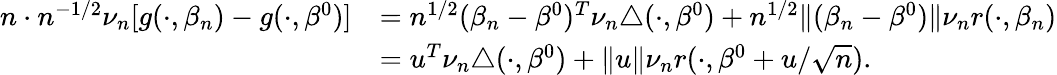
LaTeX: \begin{array}{rl}{n\cdot n^{-1/2}\nu_{n}[g(\cdot,\beta_{n})-g(\cdot,\beta^{0})]}&{=n^{1/2}(\beta_{n}-\beta^{0})^{T}\nu_{n}\triangle(\cdot,\beta^{0})+n^{1/2}\Vert(\beta_{n}-\beta^{0})\Vert\nu_{n}r(\cdot,\beta_{n})}\\ &{=u^{T}\nu_{n}\triangle(\cdot,\beta^{0})+\Vert u\Vert\nu_{n}r(\cdot,\beta^{0}+u/\sqrt{n}).}\end{array}